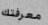
معرفتك